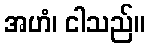
အဟံ၊ ငါသည်။